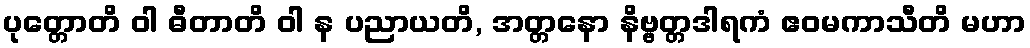
ပုတ္တောတိ ဝါ ဓီတာတိ ဝါ န ပညာယတိ, အတ္တနော နိဗ္ဗတ္တဒါရကံ ဧဝမကာသီတိ မဟာ